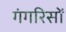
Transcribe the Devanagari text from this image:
गंगरिसों